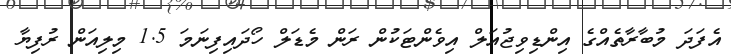
އެފަދަ މުބާރާތެއްގެ އިންޑިވިޖުއަލް އިވެންޓަކުން ރަން މެޑަލް ހޯދައިފިނަމަ 1.5 މިލިއަން ރުފިޔާ